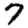
Digit: 7